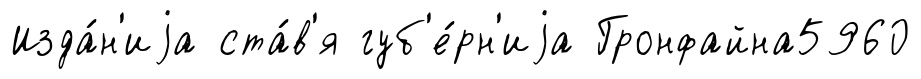
Изда́н'иjа ста́в'я губ'е́рн'иjа Гронфайна5960